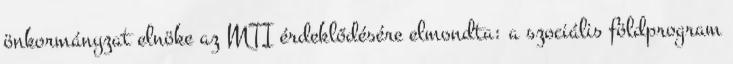
önkormányzat elnöke az MTI érdeklődésére elmondta: a szociális földprogram